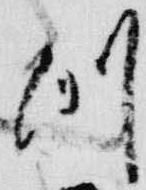
例